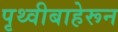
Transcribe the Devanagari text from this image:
पृथ्वीबाहेरून